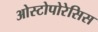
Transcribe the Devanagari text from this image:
ओस्टोपोरेसिस